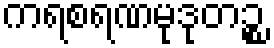
ကရစရဏမုဒုတဉ္စ